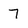
Character: 7